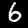
Label: 6